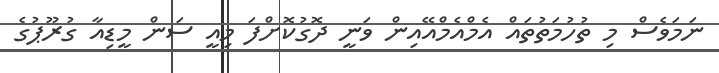
ނަމަވެސް މި ތުހުމަތުތައް އެމްއެމްއޭއިން ވަނީ ދޮގުކޮށްފަ މިއީ ސަން މީޑިއާ ގުރޫޕުގެ